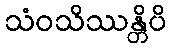
သံဝသိဿန္တိပိ